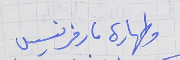
وطهارة مار فرنسيس